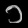
Digit: ၁